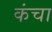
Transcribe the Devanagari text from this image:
कंचा